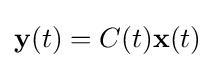
\mathbf {y} (t)=C(t)\mathbf {x} (t)